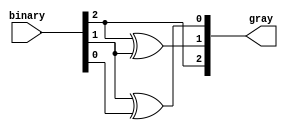
module gray_code_encoder (
    input  [2:0] binary,  // 3-bit binary input
    output [2:0] gray     // 2-bit Gray code output
);

    // Assigning Gray code output based on the binary input
    assign gray[2] = binary[2];          // MSB remains the same
    assign gray[1] = binary[2] ^ binary[1]; // gray[1] = binary[2] XOR binary[1]
    assign gray[0] = binary[1] ^ binary[0]; // gray[0] = binary[1] XOR binary[0]

endmodule